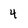
Character: 4